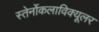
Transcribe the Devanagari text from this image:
स्तेर्नोकलाविक्यूलर